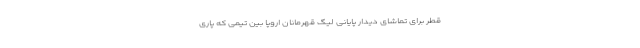
قطر برای تماشای دیدار پایانی لیگ قهرمانان اروپا بین تیمی که پاری‌